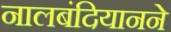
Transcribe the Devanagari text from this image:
नालबंदियानने